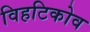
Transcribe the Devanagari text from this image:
विहटिकोव